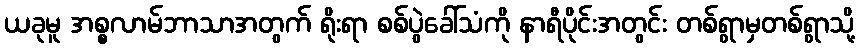
ယခုမူ အစ္စလာမ်ဘာသာအတွက် ရိုးရာ စစ်ပွဲခေါ်သံကို နာရီပိုင်းအတွင်း တစ်ရွာမှတစ်ရွာသို့